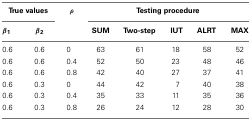
<table><thead><tr><td colspan="2"><b>True values</b></td><td><b>ρ</b></td><td colspan="5"><b>Testing procedure</b></td></tr><tr><td><b>β<sub>1</sub></b></td><td><b>β<sub>2</sub></b></td><td></td><td><b>SUM</b></td><td><b>Two-step</b></td><td><b>IUT</b></td><td><b>ALRT</b></td><td><b>MAX</b></td></tr></thead><tbody><tr><td>0.6</td><td>0.6</td><td>0</td><td>63</td><td>61</td><td>18</td><td>58</td><td>52</td></tr><tr><td>0.6</td><td>0.6</td><td>0.4</td><td>52</td><td>50</td><td>23</td><td>48</td><td>46</td></tr><tr><td>0.6</td><td>0.6</td><td>0.8</td><td>42</td><td>40</td><td>27</td><td>37</td><td>41</td></tr><tr><td>0.6</td><td>0.3</td><td>0</td><td>44</td><td>42</td><td>7</td><td>40</td><td>38</td></tr><tr><td>0.6</td><td>0.3</td><td>0.4</td><td>35</td><td>33</td><td>11</td><td>35</td><td>36</td></tr><tr><td>0.6</td><td>0.3</td><td>0.8</td><td>26</td><td>24</td><td>12</td><td>28</td><td>30</td></tr></tbody></table>